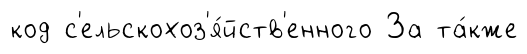
код с'ельскохоз'я́йств'енного За та́кже